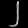
Digit: ၂